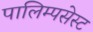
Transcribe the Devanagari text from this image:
पालिम्पसेस्ट